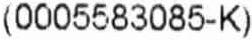
(0005583085-K)